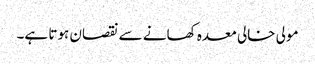
مولی خالی معدہ کھانے سے نقصان ہوتا ہے۔